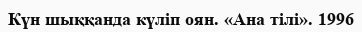
Күн шыққанда күліп оян. «Ана тілі». 1996